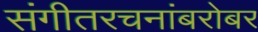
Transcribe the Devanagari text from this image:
संगीतरचनांबरोबर